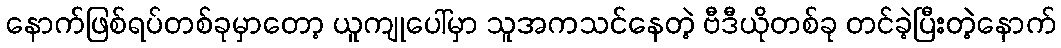
နောက်ဖြစ်ရပ်တစ်ခုမှာတော့ ယူကျုပေါ်မှာ သူအကသင်နေတဲ့ ဗီဒီယိုတစ်ခု တင်ခဲ့ပြီးတဲ့နောက်